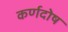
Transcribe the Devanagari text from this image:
कर्णदोष